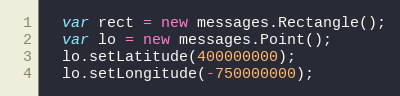
Language: JavaScript
  var rect = new messages.Rectangle();
  var lo = new messages.Point();
  lo.setLatitude(400000000);
  lo.setLongitude(-750000000);